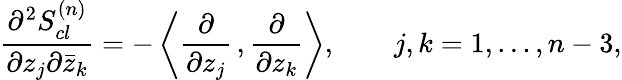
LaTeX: {\frac{\partial^{2}S_{cl}^{(n)}}{\partial z_{j}\partial{\bar{z}_{k}}}}=-\left\langle{\frac{\partial}{\partial z_{j}}}\, ,{\frac{\partial}{\partial z_{k}}}\right\rangle,\qquad j,k=1,\ldots,n-3,